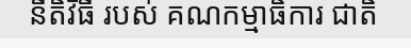
នីតិវិធី របស់ គណកម្មាធិការ ជាតិ